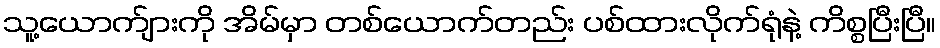
သူ့ယောက်ျားကို အိမ်မှာ တစ်ယောက်တည်း ပစ်ထားလိုက်ရုံနဲ့ ကိစ္စပြီးပြီ။